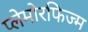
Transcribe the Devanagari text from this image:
प्लेमोरफिज्म